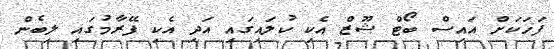
ފަހަކަށް އައިސް ބޯޓް ޝޫޒް އެކި ކުލައިގައި އަދި އެކި ފޭރާމުގައި ލިބެން